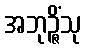
အဘုဉ္ဇိံသု